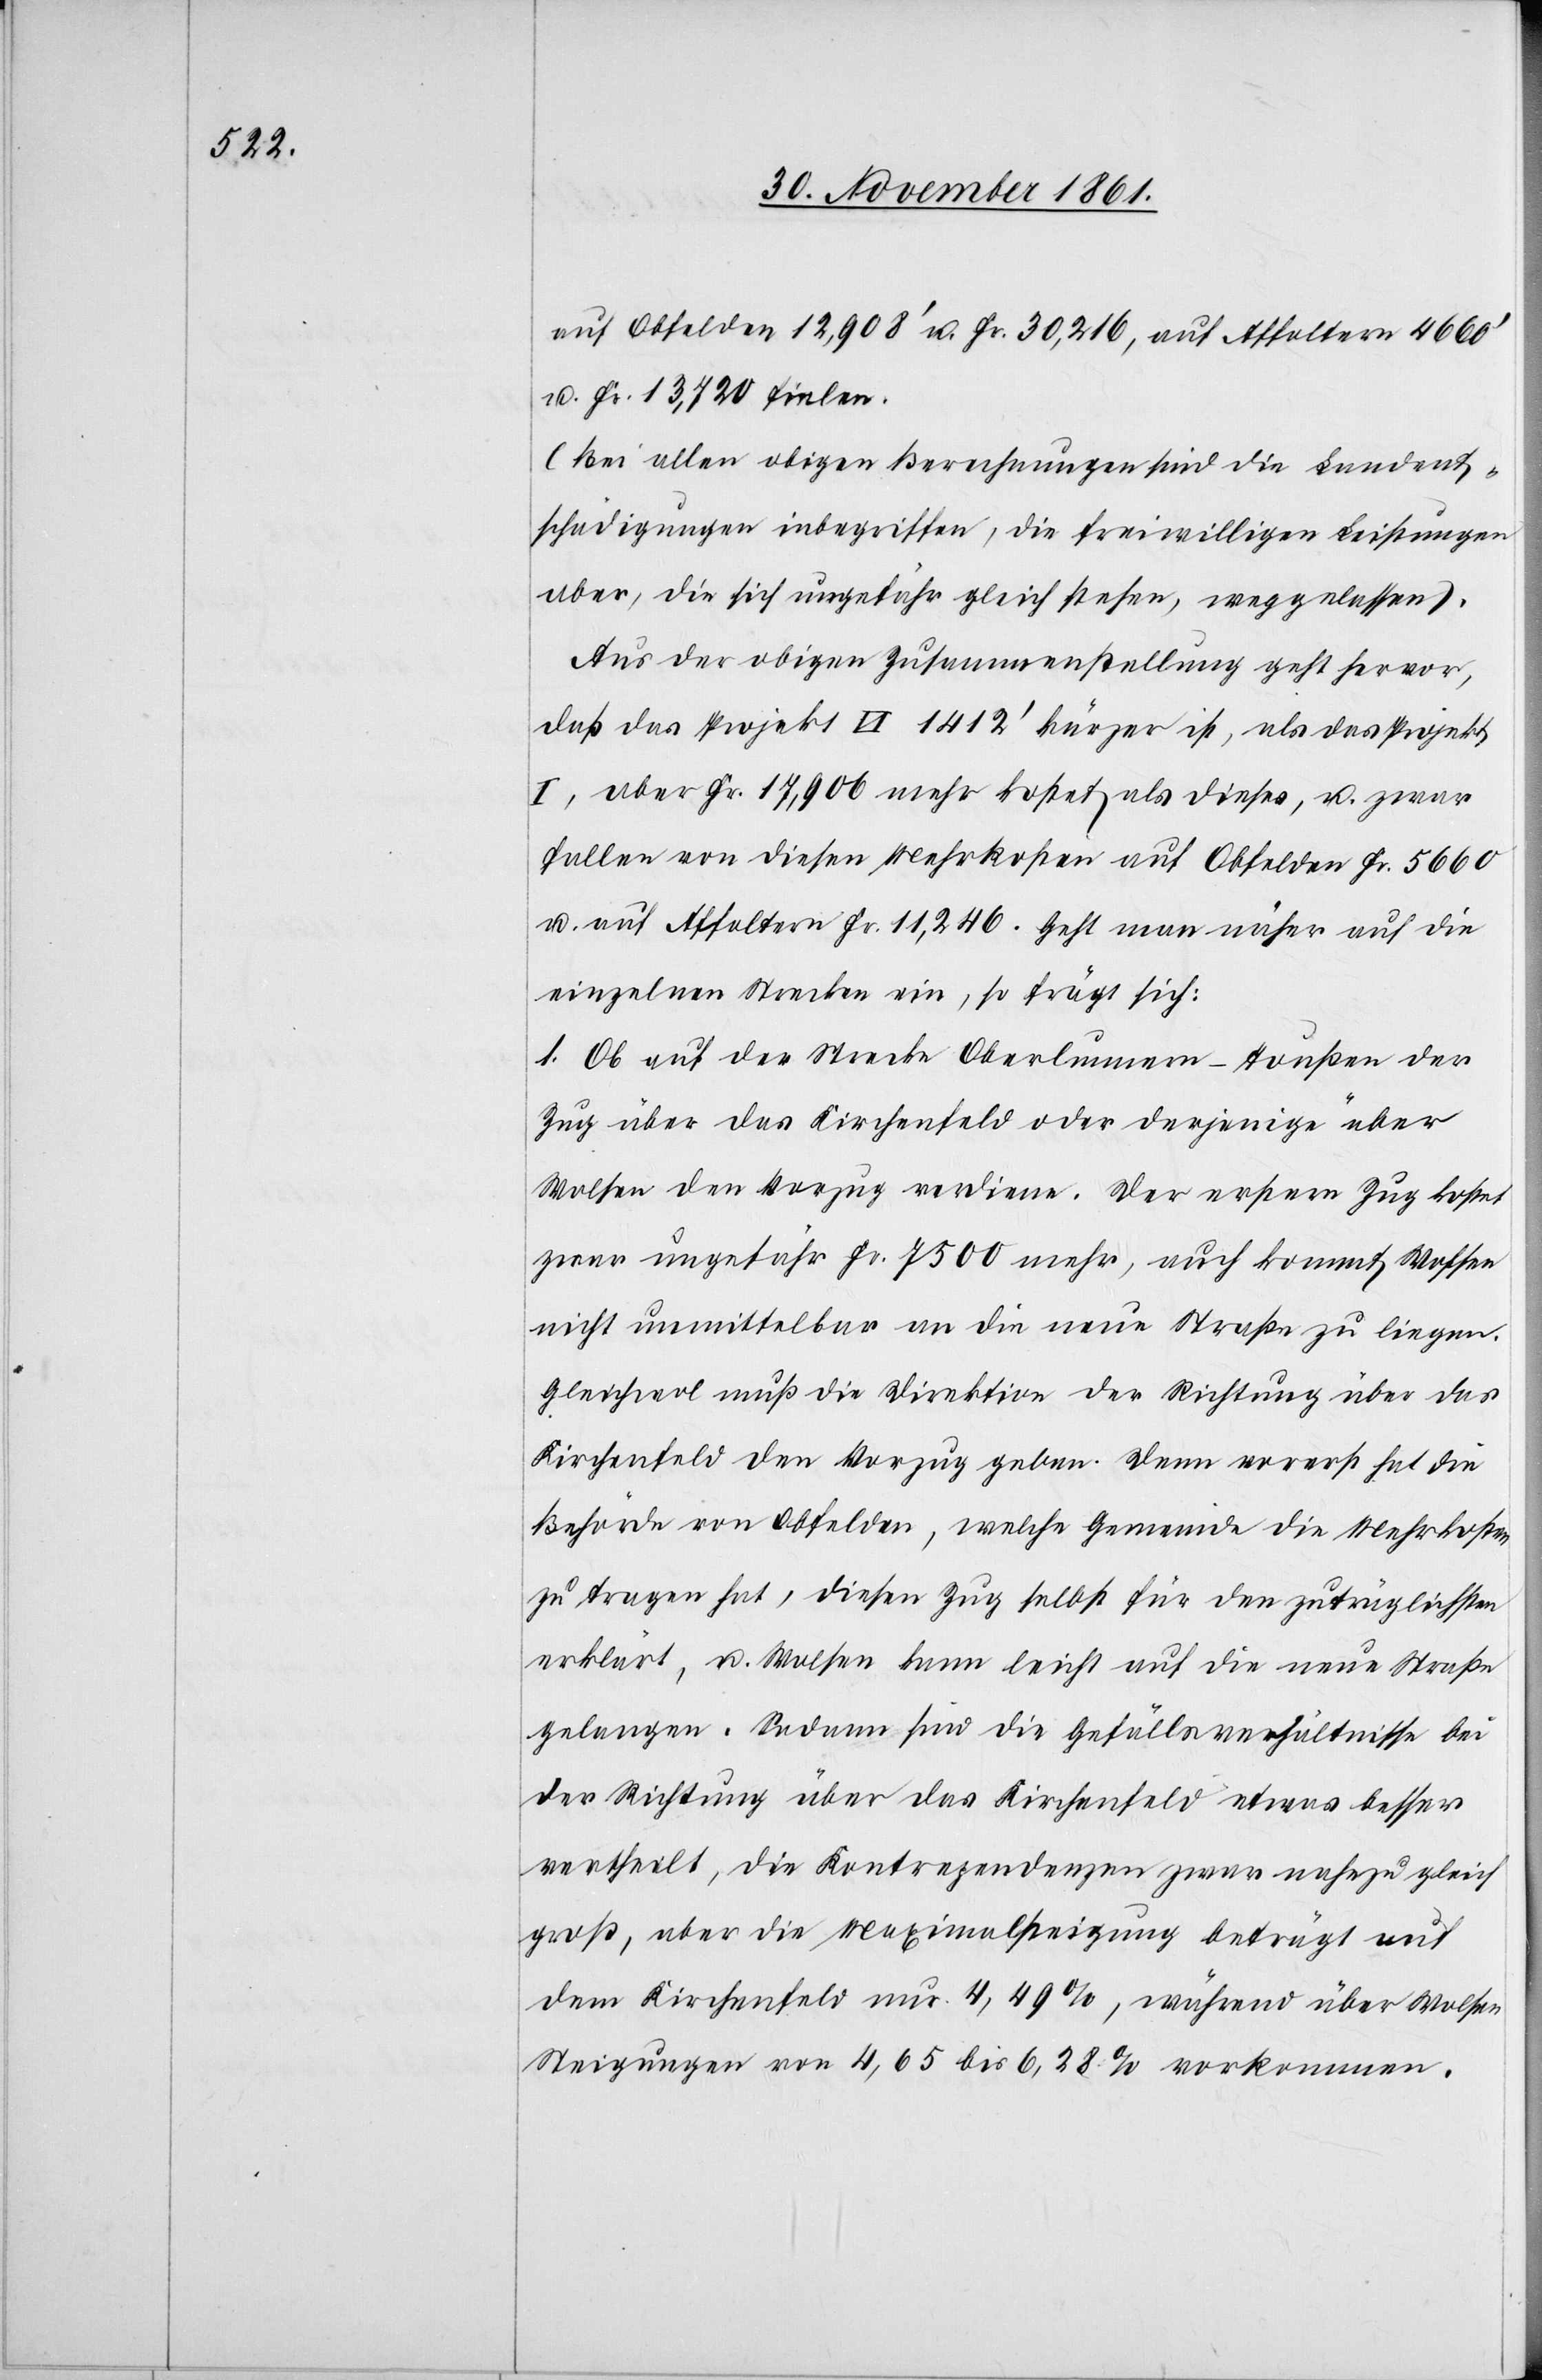
auf Obfelden 12,908’ u. Fr. 30,216, auf Affoltern 4660’
u. Fr. 13,720 fielen.
(Bei allen obigen Berechnungen sind die Landent¬
schädigungen inbegriffen, die freiwilligen Leistungen
aber, die sich ungefähr gleich stehen, weggelassen).
Aus der obigen Zusammenstellung geht hervor,
daß das Projekt VI 1412’ kürzer ist, als das Projekt
I, aber Fr. 17,906 mehr kostet als dieses, u. zwar
fallen von diesen Mehrkosten auf Obfelden Fr 5660
u. auf Affoltern Fr. 11,246. Geht man näher auf die
einzelnen Strecken ein, so frägt sich:
1. Ob auf der Strecke Oberlunnern-Toußen der
Zug über das Kirchenfeld oder derjenige über
Wolsen den Vorzug verdiene. Der erstere Zug kostet
zwar ungefähr Fr. 7500 mehr, auch kommt Wolsen
nicht unmittelbar an die neue Straße zu liegen.
Gleichwol muß die Direktion der Richtung über das
Kirchenfeld den Vorzug geben. Denn vorerst hat die
Behörde von Obfelden, welche Gemeinde die Mehrkosten
zu tragen hat, diesen Zug selbst für den zuträglichsten
erklärt, u. Wolsen kann leicht auf die neue Straße
gelangen. Sodann sind die Gefällsverhältnisse bei
der Richtung über das Kirchenfeld etwas besser
vertheilt, die Kontrezendenzen zwar nahezu gleich
groß, aber die Maximalsteigung beträgt auf
dem Kirchenfeld nur 4,49 %, während über Wolsen
Steigungen von 4,65 bis 6,28 % vorkommen.